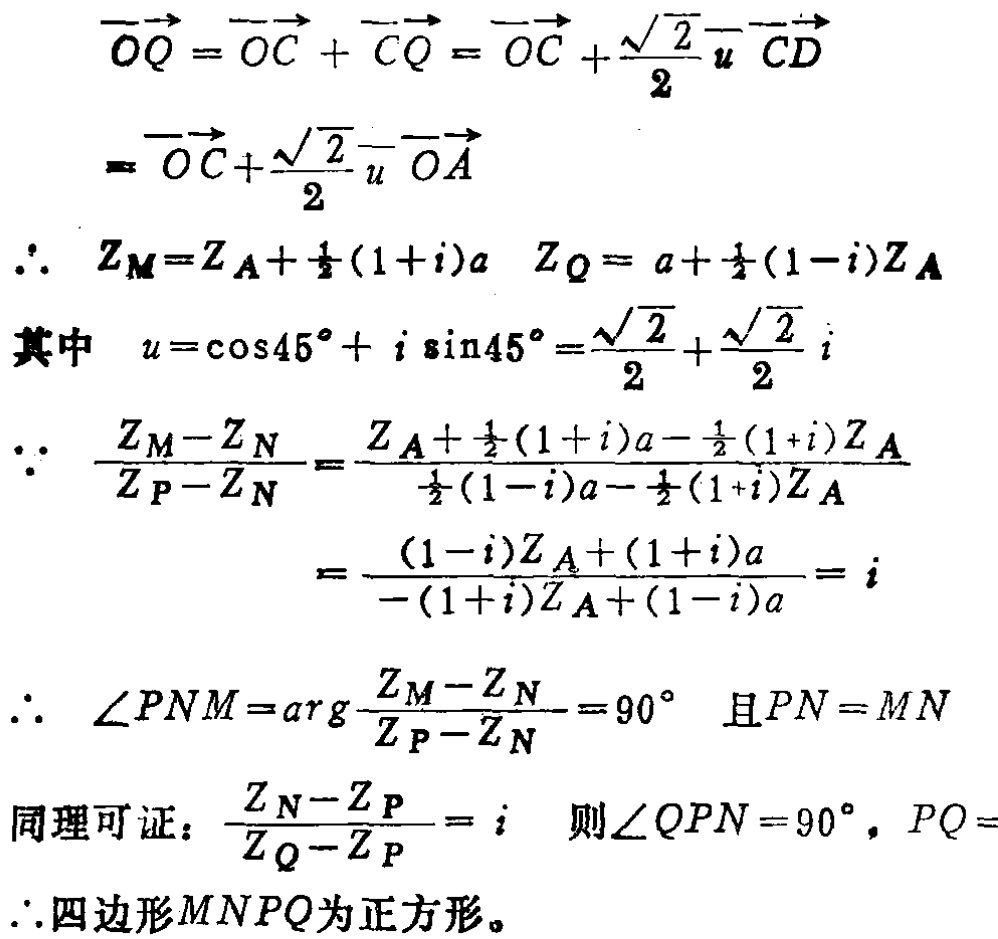
\[
\begin{align*}
\overrightarrow{OQ}&=\overrightarrow{OC}+\overrightarrow{CQ}=\overrightarrow{OC}+\frac{\sqrt{2}}{2}u\overrightarrow{CD}\\
&=\overrightarrow{OC}+\frac{\sqrt{2}}{2}u\overrightarrow{OA}\\
\therefore\ Z_M&=Z_A+\frac{1}{2}(1 + i)a\quad Z_Q=a+\frac{1}{2}(1 - i)Z_A\\
\text{其中}\quad u&=\cos45^{\circ}+i\sin45^{\circ}=\frac{\sqrt{2}}{2}+\frac{\sqrt{2}}{2}i\\
\therefore\ \frac{Z_M - Z_N}{Z_P - Z_N}&=\frac{Z_A+\frac{1}{2}(1 + i)a-\frac{1}{2}(1 + i)Z_A}{\frac{1}{2}(1 - i)a-\frac{1}{2}(1 + i)Z_A}\\
&=\frac{(1 - i)Z_A+(1 + i)a}{-(1 + i)Z_A+(1 - i)a}=i\\
\therefore\ \angle PNM&=\arg\frac{Z_M - Z_N}{Z_P - Z_N}=90^{\circ}\quad \text{且}PN = MN\\
\text{同理可证：}\quad\frac{Z_N - Z_P}{Z_Q - Z_P}&=i\quad \text{则}\angle QPN = 90^{\circ},PQ = \\
\therefore\text{四边形}MNPQ&\text{为正方形。}
\end{align*}
\]